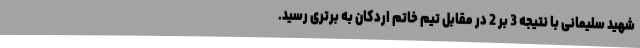
شهید سلیمانی با نتیجه 3 بر 2 در مقابل تیم خاتم اردکان به برتری رسید.